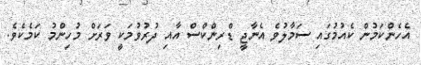
އެހެންކަމުން ކެއުމުގައި ސަމާލުވެ އެނާޖީ ޑްރިންކްސް އާއި ދުރުވުމަކީ ވަރަށް މުހިންމު ކަމެކެވެ.